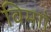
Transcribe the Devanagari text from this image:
विमाों